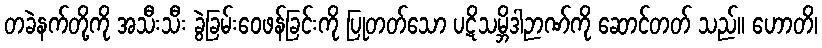
တခဲနက်တို့ကို အသီးသီး ခွဲခြမ်းဝေဖန်ခြင်းကို ပြုတတ်သော ပဋိသမ္ဘိဒါဉာဏ်ကို ဆောင်တတ် သည်။ ဟောတိ၊